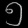
Digit: ၅